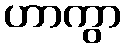
ဟာကွာ